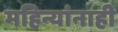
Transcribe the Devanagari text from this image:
महिन्यांनाही